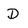
Character: D